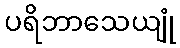
ပရိဘာသေယျုံ